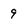
Character: 9